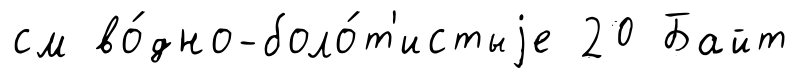
см во́дно-боло́т'истыjе 20 Байт